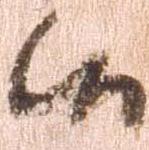
候